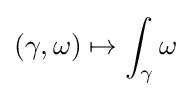
(\gamma ,\omega )\mapsto \int _{\gamma }\omega